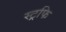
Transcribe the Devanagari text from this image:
स्ट्रफि